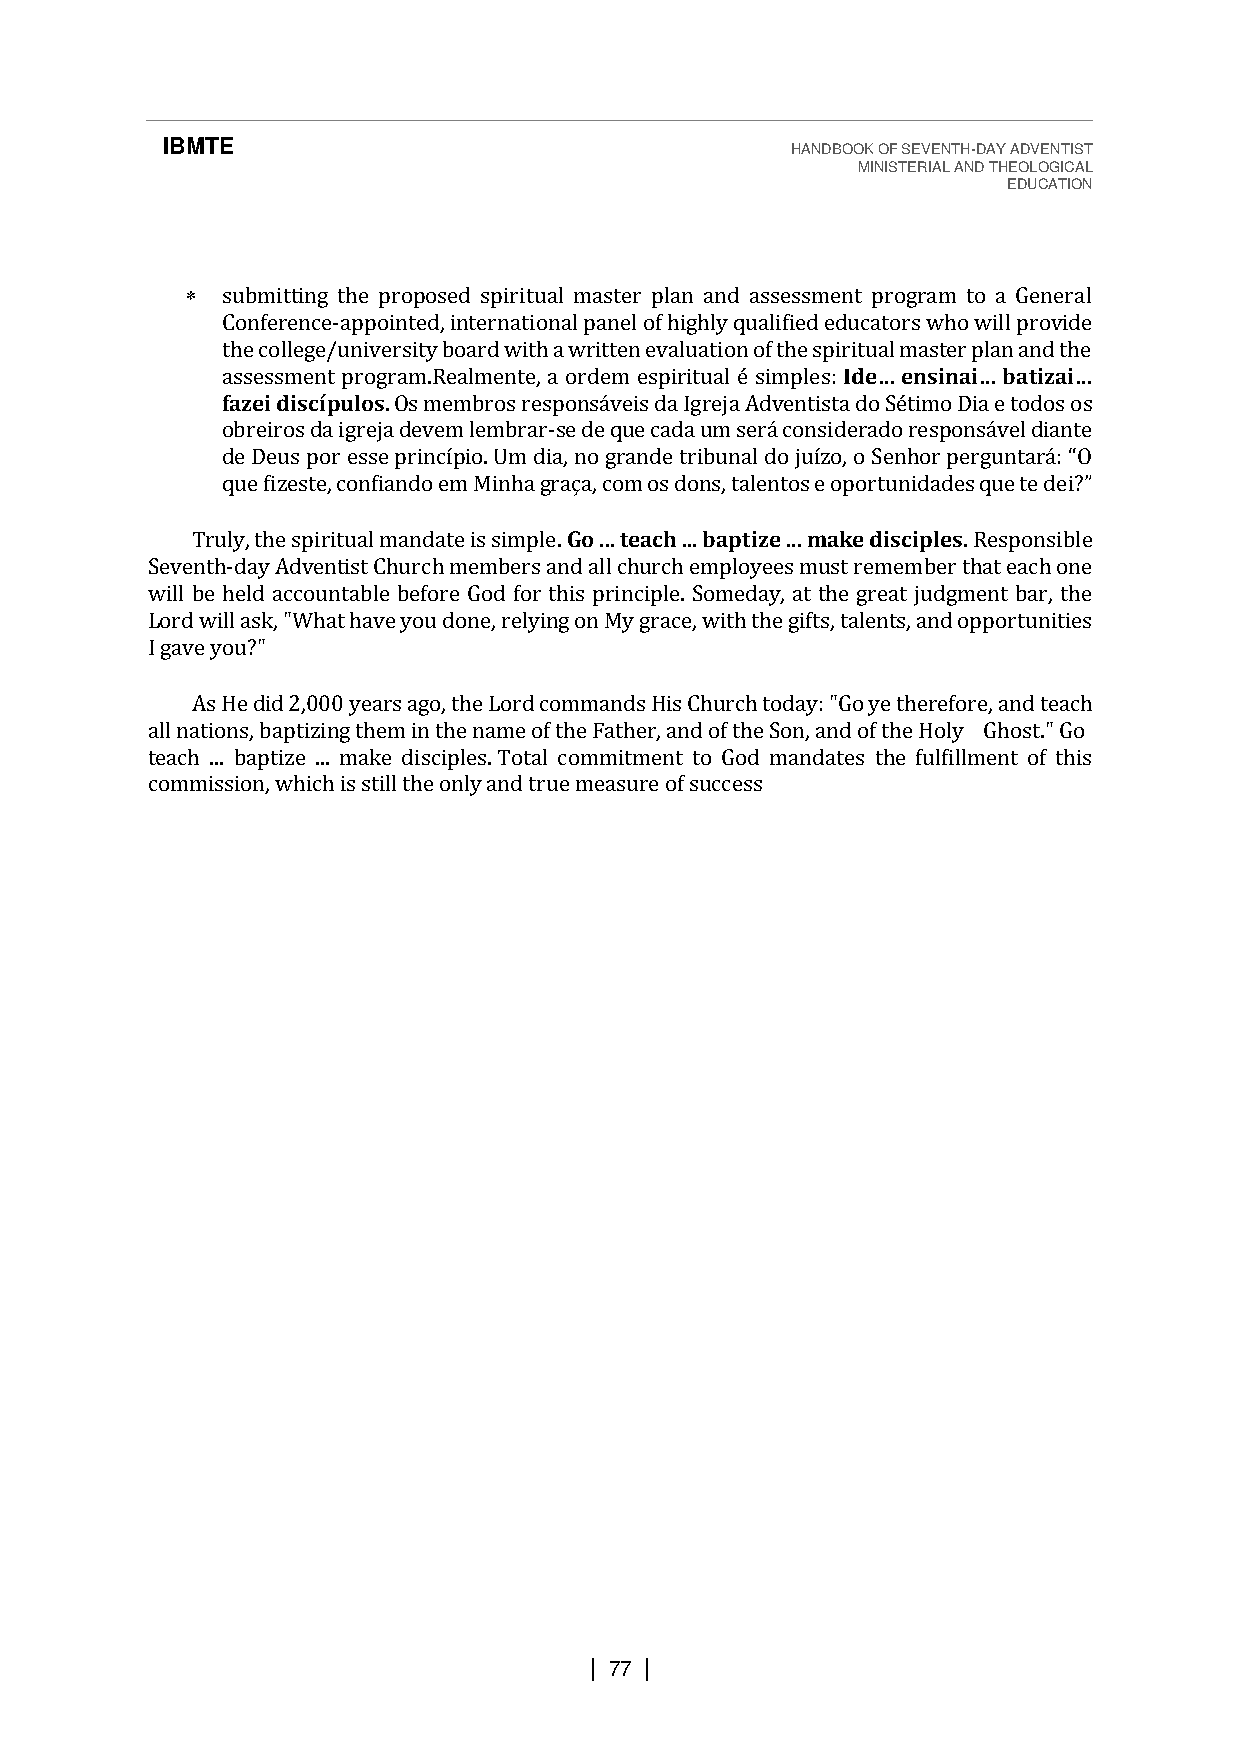
IBMTE                                    HANDBOOK OF SEVENTH-DAY ADVENTIST
 MINISTERIAL AND THEOLOGICAL
 EDUCATION
   submitting the proposed spiritual master plan and assessment program to a General
 Conference-appointed, international panel of highly qualified educators who will provide
 the college/university board with a written evaluation of the spiritual master plan and the
 assessment program.Realmente, a ordem espiritual é simples: Ide… ensinai… batizai…
 fazei discípulos. Os membros responsáveis da Igreja Adventista do Sétimo Dia e todos os
 obreiros da igreja devem lembrar-se de que cada um será considerado responsável diante
 de Deus por ess
 que fizeste, confiando em Minha
 e princípio. Um dia, no grande tribunal do juízo, o Senhor perguntará: “O
 Truly, the spiritual mandate is simplger.a Gçoa, .c..o tmea ocsh d ..o. nbsa, ptatlieznet .o..s m e aokpeo rdtiusnciidpaledse.s R qeusep toen dsiebi?le”
 Seventh-day Adventist Church members and all church employees must remember that each one
 will be held accountable before God for this principle. Someday, at the great judgment bar, the
 Lord will ask, "What have you done, relying on My grace, with the gifts, talents, and opportunities
 I gave you?"
 As He did 2,000 years ago, the Lord commands His Church today: "Go ye therefore, and teach
 all nations, baptizing them in the name of the Father, and of the Son, and of the Holy Ghost." Go
 teach ... baptize ... make disciples. Total commitment to God mandates the fulfillment of this
 commission, which is still the only and true measure of success
 | 77 |